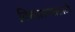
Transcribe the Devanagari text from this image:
विस्तारण्यासाठी